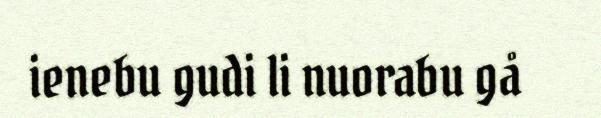
ienebu gudi li nuorabu gå